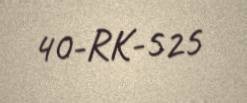
40-RK-525